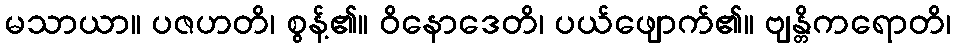
မသာယာ။ ပဇဟတိ၊ စွန့်၏။ ဝိနောဒေတိ၊ ပယ်ဖျောက်၏။ ဗျန္တိကရောတိ၊